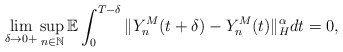
\begin{align*}\lim_{\delta\rightarrow 0+} \sup_{n\in\mathbb{N}} \mathbb{E} \int_0^{T-\delta} \Vert Y_n^M (t+\delta) - Y_n^M (t) \Vert_{H}^{\alpha} dt = 0,\end{align*}